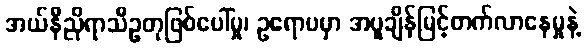
အယ်နီညိုရာသီဥတုဖြစ်ပေါ်မှု၊ ဥရောပမှာ အပူချိန်မြင့်တက်လာနေမှုနဲ့